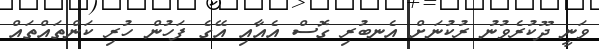
ވަނީ ދޫކުރެވުނު ރުކުނަށް އެނބުރި ގޮސް އެއާއި އޭގެ ފަހުން ހުރި ކަންތައްތައް